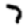
Digit: 7